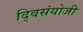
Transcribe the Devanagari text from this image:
द्विसंयोजी